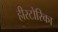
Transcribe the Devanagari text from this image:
हीस्टोरिका